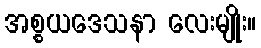
အစ္စယဒေသနာ လေးမျိုး။